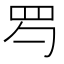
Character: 𦉹